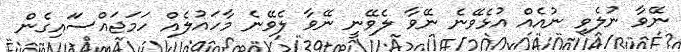
ނޭވާ ނުލެވި ނުއެއް އުޅެވޭނެ ނޭވާ ލެވޭނީ ނޭވާ ލެވޭނެ މާހައުލެއް ހަމަޖައްސަައިގެން